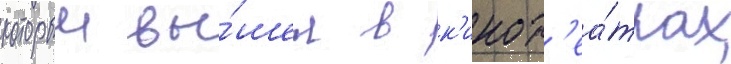
которыи вы́шел в к'инот'еа́трах